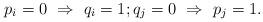
LaTeX: \begin{align*}p_i=0\ \Rightarrow\ q_i = 1;q_j=0\ \Rightarrow\ p_j = 1.\end{align*}